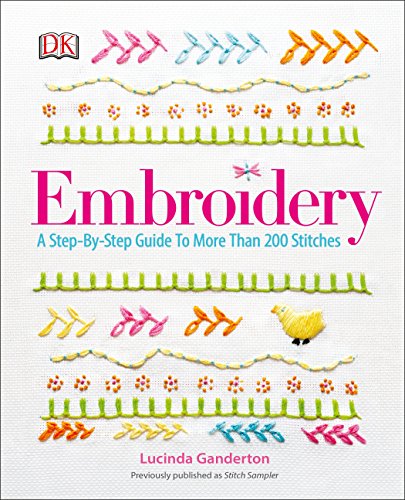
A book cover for Embroidery; DK; Crafts, Hobbies & Home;